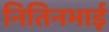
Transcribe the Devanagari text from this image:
नितिनभाई